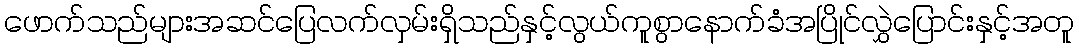
ဖောက်သည်များအဆင်ပြေလက်လှမ်းရှိသည်နှင့်လွယ်ကူစွာနောက်ခံအပြိုင်လွှဲပြောင်းနှင့်အတူ